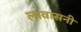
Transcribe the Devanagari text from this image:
लावासनी